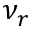
\nu _ { r }